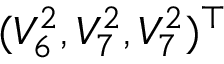
( V _ { 6 } ^ { 2 } , V _ { 7 } ^ { 2 } , V _ { 7 } ^ { 2 } ) ^ { \top }